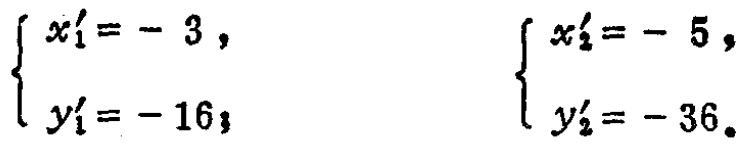
\(\begin{cases}
x_1' = -3, \\
y_1' = -16;
\end{cases}\) \(\begin{cases}
x_2' = -5, \\
y_2' = -36.
\end{cases}\)